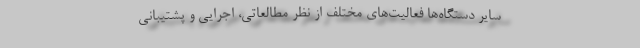
سایر دستگاه‌ها فعالیت‌های مختلف از نظر مطالعاتی، اجرایی و پشتیبانی